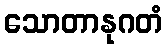
သောတာနုဂတံ